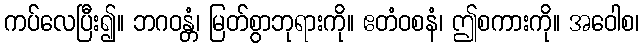
ကပ်လေပြီး၍။ ဘဂဝန္တံ၊ မြတ်စွာဘုရားကို။ ဧတံဝစနံ၊ ဤစကားကို။ အဝေါစ၊